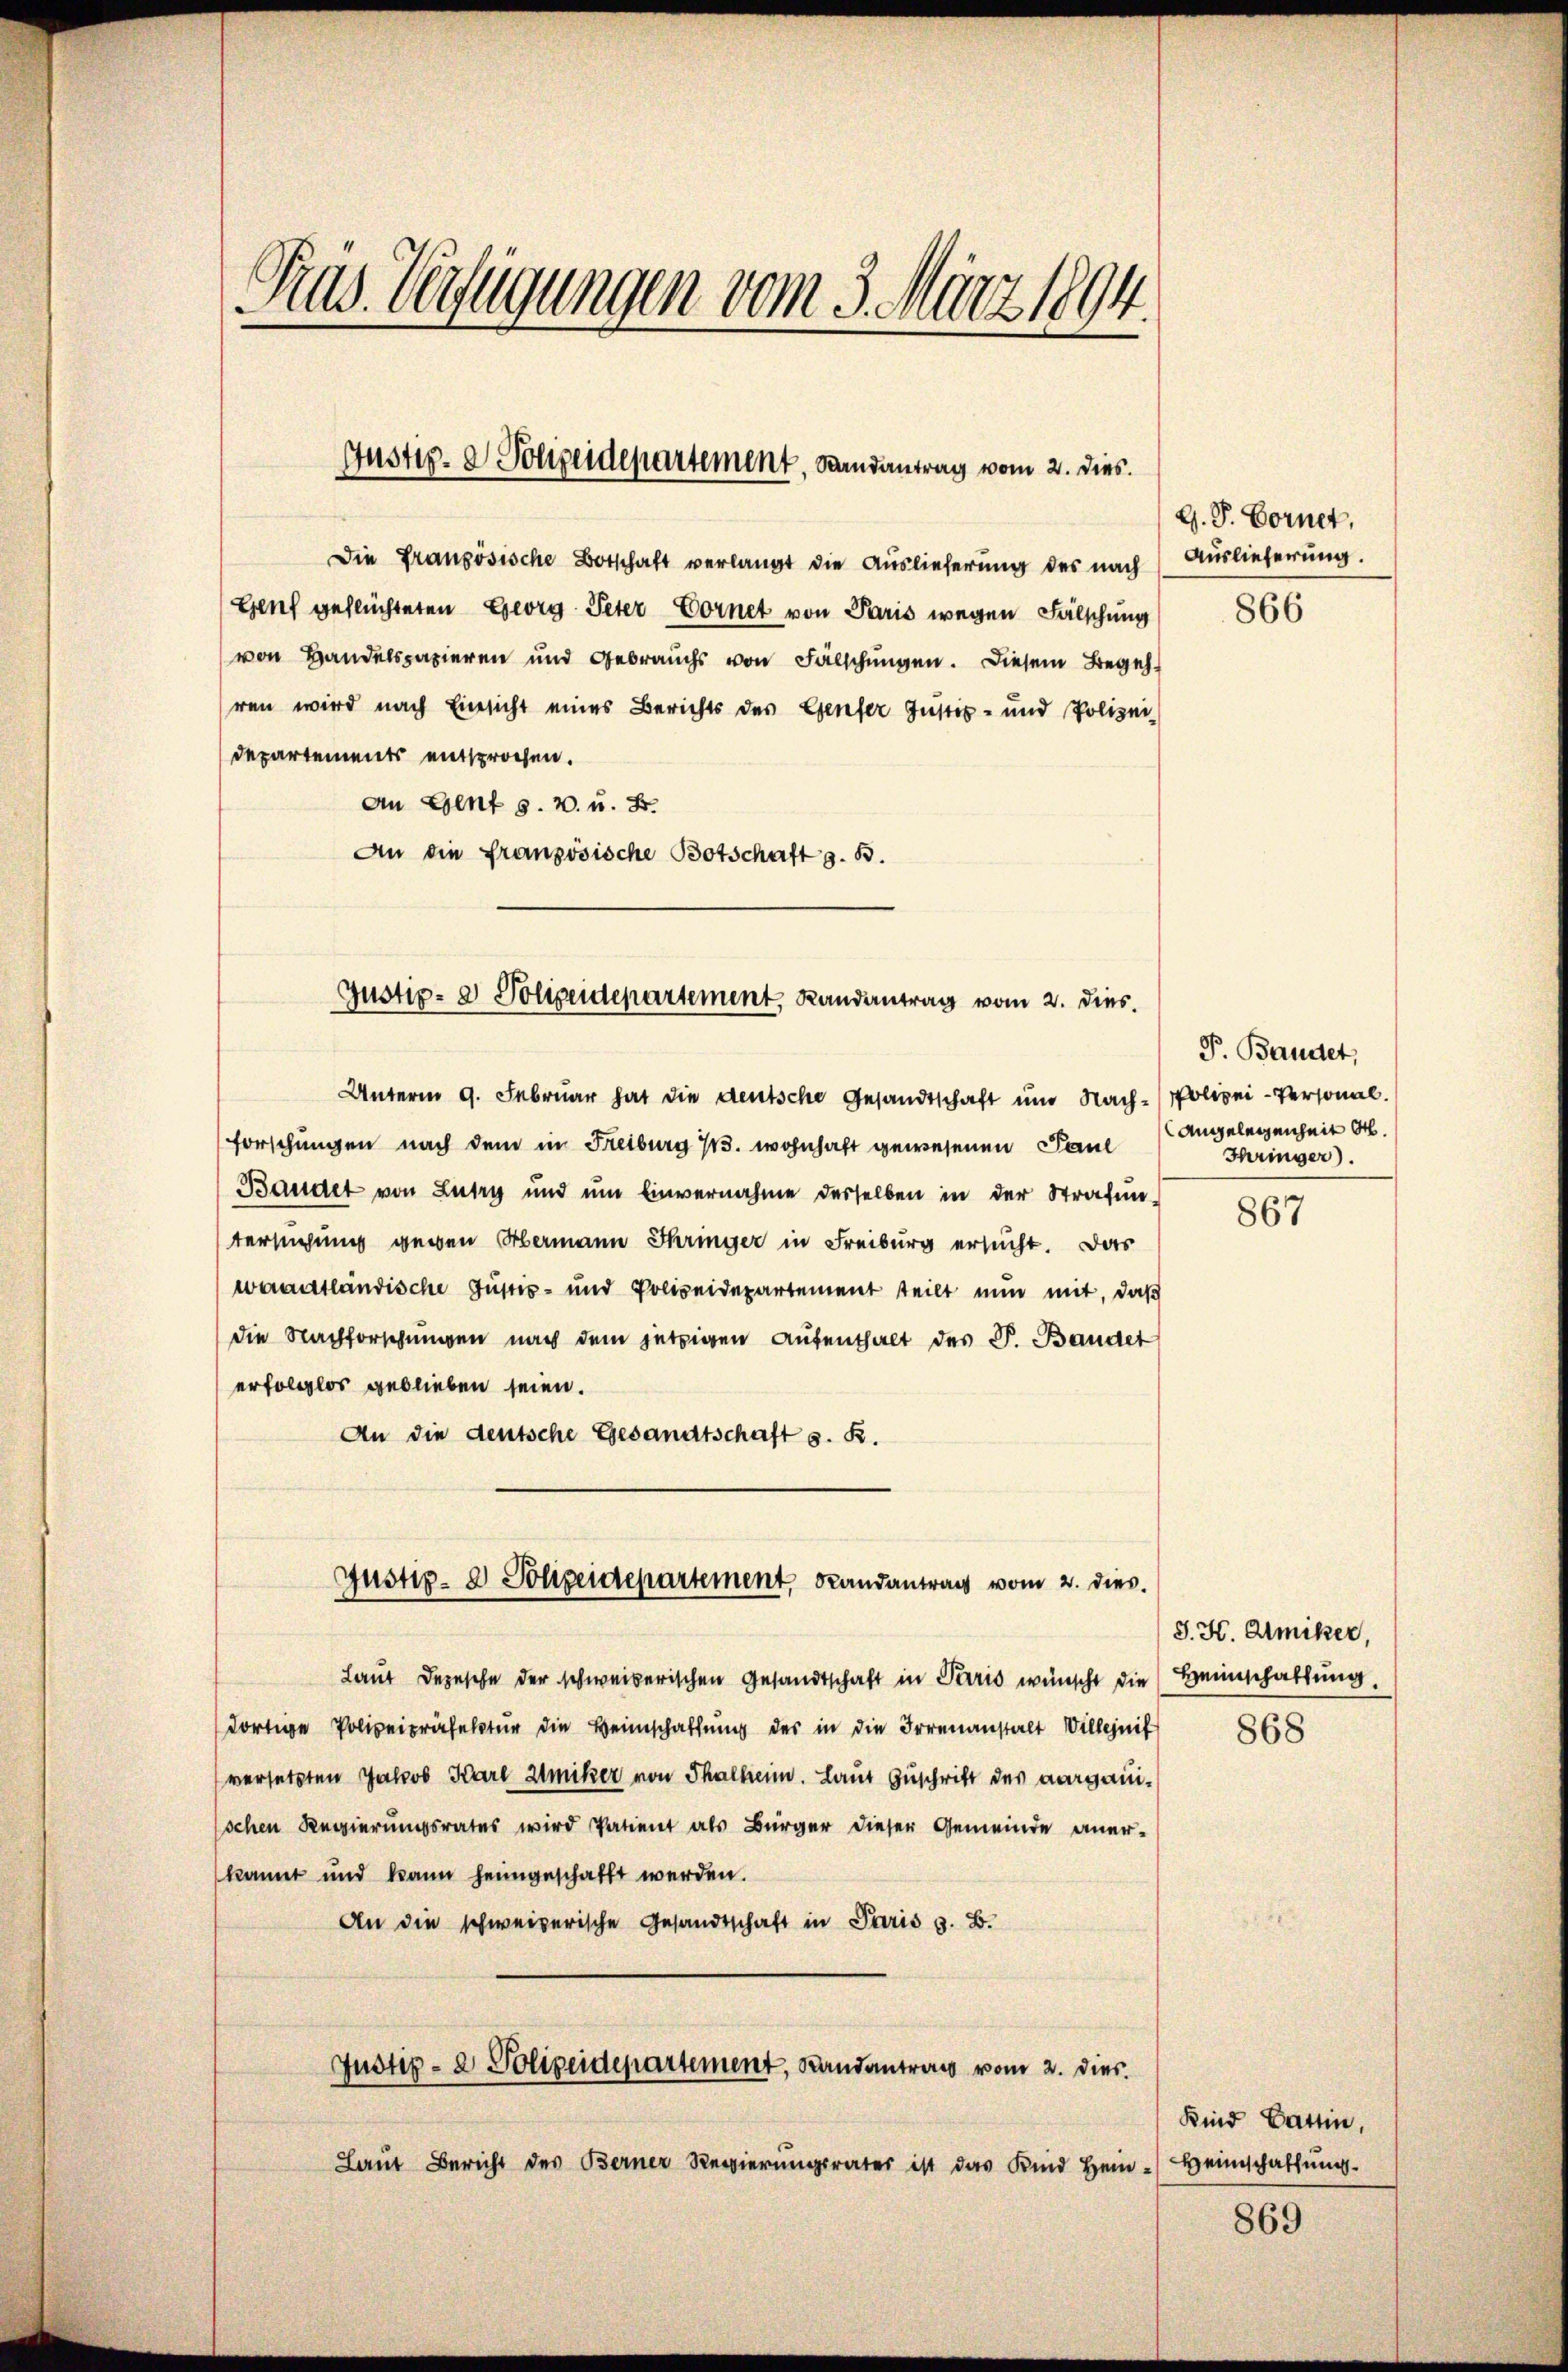
Pras. Verfügungen vom 3. März 1894.

Justiz- & Polizeidepartement, Randantrag vom 2. dies.

Die Französische Botschaft verlangt die Auslieferung des nach Auslieferung.
Genf geflüchteten Georg Peter Vornet von Paris wegen Fälschung
von Handelspapieren und Gebrauchs von Fälschungen. Diesem Begehhren wird nach Einsicht eines Berichts des Genfer Justiz- und Polizei-
Departements entsprochen.
An Genf s. v. u. S.
An die französische Botschaft z. B.

Unterm 9. Februar hat die deutsche Gesandtschaft und Nach-Polizei-Personal.
Forschungen nach dem im Freiburg 1. wohnhaft gewesenen Paul
Bandet von Lutry und ŭm Einvernahme desselben in der Strafun-
tersuchung gegen Hermann Ihringer in Freiburg ersucht. Das
waadtländische Gustiz- und Polizeidepartement teilt nun mit, daß
die Nachforschungen nach dem jetzigen Aŭfenthalt des P. Bandet
erfolglos geblieben seien.
An die deutsche Gesandtschaft s. R.
Laut Depesche der schweizerischen Gesandtschaft in Paris wünscht die Heimschaftung
dortige Polizeipräfektur die Heimschaffung des in die Irrenanstalt Willenit
versetzten Jakob Karl Amiker von Thalheim. Laut Zuschrift der aargauischen Regierungsrates wird Patient als Bürger dieser Gemeinde aner-
kannt und kann heimgeschafft werden.
An die schweizerische Gesandtschaft in Paris z. B.
Justiz- & Polizeidepartement, Randantrag vom 2. dies
Laŭt Bericht des Berner Regierŭngsrates ist das Kind Hein-Heimschaffŭng.

Justiz- & Polizeidepartement, Landantrag vom 2. dies

Justiz- & Polizeidepartement Randantrag vom 2. dies

G. P. Bornet,
866

P. Bandet,
Angelegenheit St.
Ihringer.

867

J. H. Amiker,
868

Kind Gattin,

869